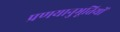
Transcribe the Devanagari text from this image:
प्रणयानुभूतियों